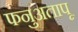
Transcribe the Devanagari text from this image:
फनुअतापू